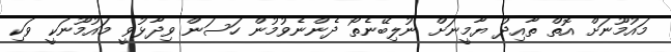
މައުމޫނަށް އޮތް ތާއިދު ޔާމީނަށް ނުލިބޭނެތޯ ދެންނެވުމުން ހަސަން ވިދާޅުވީ މައުމޫނަކީ ވަކި